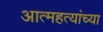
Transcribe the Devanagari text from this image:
आत्महत्यांच्या